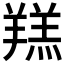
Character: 𦎴